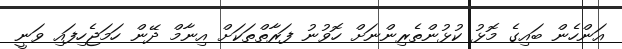
އަންހެން ބައިގެ މޮޅު ކުޅުންތެރިންނަށް ހޮވުނު ފަރާތްތަކަށް އިނާމް ދޭން ހަމަޖެހިފައި ވަނީ